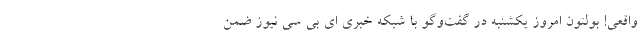
واقعی! بولتون امروز یکشنبه در گفت‌وگو با شبکه خبری ای بی سی نیوز ضمن